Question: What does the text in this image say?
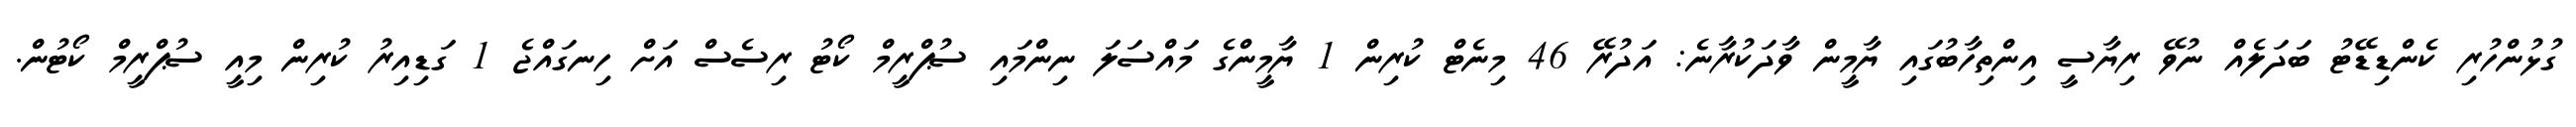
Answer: ގުޅުންހުރި ކެންޑިޑޭޓު ބަދަލެއް ނުވޭ ރިޔާސީ އިންތިހާބުގައި ޔާމީން ވާދަކުރާނެ: އަދުރޭ 46 މިނެޓް ކުރިން 1 ޔާމީންގެ މައްސަލަ ނިންމައި ސުޕްރީމް ކޯޓު ރިސެސް އަށް ހިނގައްޖެ 1 ގަޑިއިރު ކުރިން މިއީ ސުޕްރީމް ކޯޓުން.